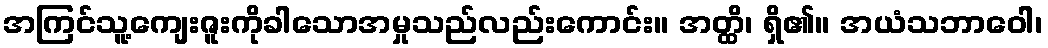
အကြင်သူ့ကျေးဇူးကိုခါသောအမှုသည်လည်းကောင်း။ အတ္ထိ၊ ရှိ၏။ အယံသဘာဝေါ၊